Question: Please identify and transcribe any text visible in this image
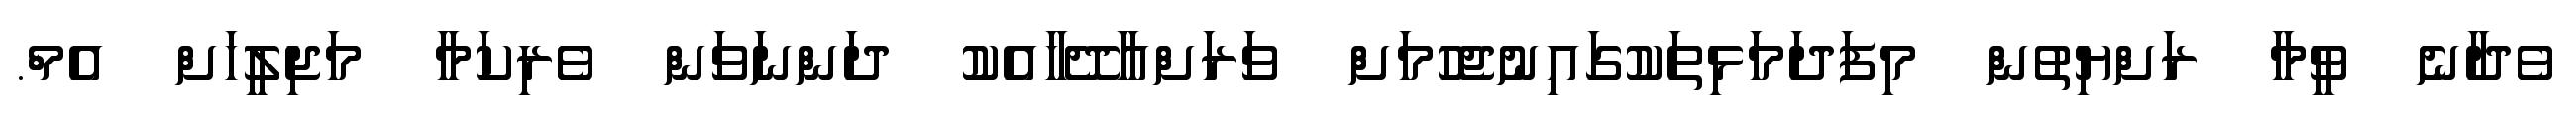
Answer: ވެދާނެ ވީމާ ރަށްޔިތުން މިފަދަމަޅިތަކުގައިނުޖެހުމަށް ވަރަށްއާދޭހާއެކު ދަންނަވަން ވެރިކަމާ މަޖިލީހަށް އެމް.